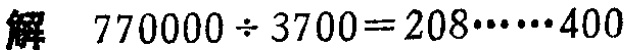
解 \(770000\div3700 = 208\cdots\cdots400\)